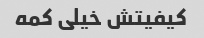
کیفیتش خیلی کمه